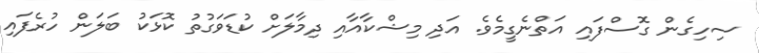
ސިހިގެން ގޮސްފައި އަތްނެގީމެވެ. އަދި މިޝްކާއާއި ދިމާލަށް ކުޑަވަގުތު ކޮޅަކު ބަލަން ހުރެފައި